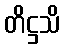
တိဋ္ဌသိ